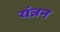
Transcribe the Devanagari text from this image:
यंत्रन